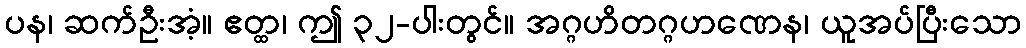
ပန၊ ဆက်ဦးအံ့။ ဧတ္ထ၊ ဤ ၃၂-ပါးတွင်။ အဂ္ဂဟိတဂ္ဂဟဏေန၊ ယူအပ်ပြီးသော